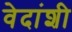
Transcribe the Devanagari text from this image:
वेदांशी